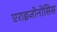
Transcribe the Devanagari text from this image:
एराइजोनोसिस